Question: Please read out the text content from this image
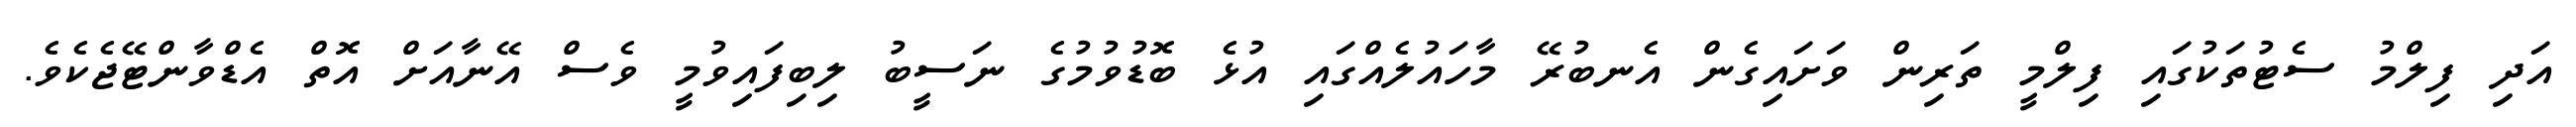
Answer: އަދި ފިލްމު ސެޓުތަކުގައި ފިލްމީ ތަރިން ވަށައިގެން އެނބުރޭ މާހައުލެއްގައި އުޅެ ބޮޑުވުމުގެ ނަސީބު ލިބިފައިވުމީ ވެސް އޭނާއަށް އޮތް އެޑްވާންޓޭޖެކެވެ.